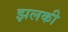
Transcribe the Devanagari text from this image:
झलकी